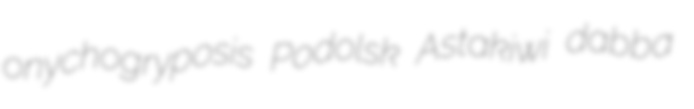
onychogryposis Podolsk Astakiwi dabba